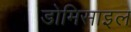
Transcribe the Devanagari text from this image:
डोमिसाइल